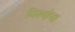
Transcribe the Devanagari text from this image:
मिश्यांचा